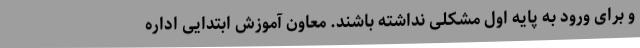
و برای ورود به پایه اول مشکلی نداشته باشند. معاون آموزش ابتدایی اداره